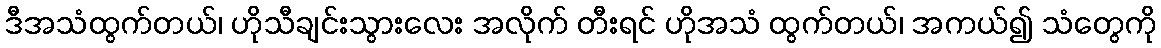
ဒီအသံထွက်တယ်၊ ဟိုသီချင်းသွားလေး အလိုက် တီးရင် ဟိုအသံ ထွက်တယ်၊ အကယ်၍ သံတွေကို